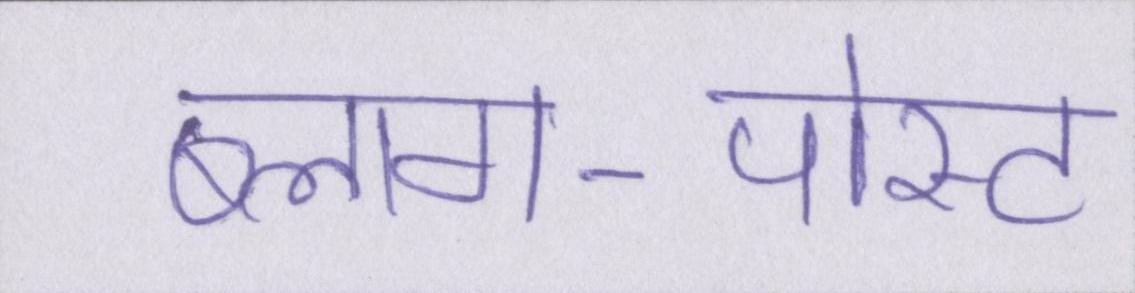
ब्लाग-पोस्ट